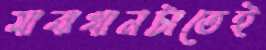
মাঝখানটাতেই